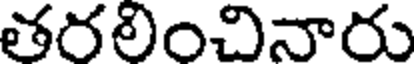
తరలించినారు